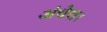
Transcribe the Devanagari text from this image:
अंधेरा।